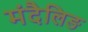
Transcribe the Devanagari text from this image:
मंदैलिङ